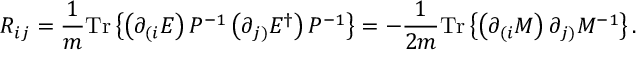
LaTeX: { \cal R } _ { i j } = \frac { 1 } { m } \mathrm { T r } \left\{ \left( \partial _ { ( i } { \cal E } \right) { \cal P } ^ { - 1 } \left( \partial _ { j ) } { \cal E } ^ { \dagger } \right) { \cal P } ^ { - 1 } \right\} = - \frac { 1 } { 2 m } \mathrm { T r } \left\{ \left( \partial _ { ( i } { \cal M } \right) \partial _ { j ) } { \cal M } ^ { - 1 } \right\} .